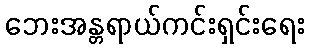
ဘေးအန္တရာယ်ကင်းရှင်းရေး